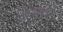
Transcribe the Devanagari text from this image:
सूर्यतन्त्री